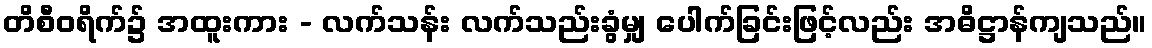
တိစီဝရိက်၌ အထူးကား - လက်သန်း လက်သည်းခွံမျှ ပေါက်ခြင်းဖြင့်လည်း အဓိဋ္ဌာန်ကျသည်။